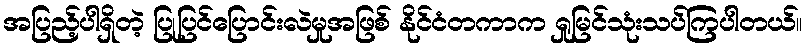
အပြည့်ပါရှိတဲ့ ပြုပြင်ပြောင်းလဲမှုအဖြစ် နိုင်ငံတကာက ရှုမြင်သုံးသပ်ကြပါတယ်။